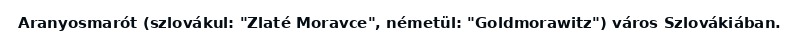
Aranyosmarót (szlovákul: "Zlaté Moravce", németül: "Goldmorawitz") város Szlovákiában.